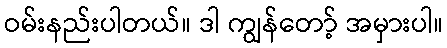
ဝမ်းနည်းပါတယ်။ ဒါ ကျွန်တော့် အမှားပါ။